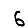
Digit: 6